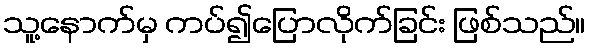
သူ့နောက်မှ ကပ်၍ပြောလိုက်ခြင်း ဖြစ်သည်။